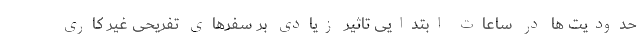
حدودیت ها در ساعات ابتدایی تاثیر زیادی بر سفرهای تفریحی غیر کاری